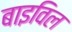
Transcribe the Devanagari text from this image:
बाइविल